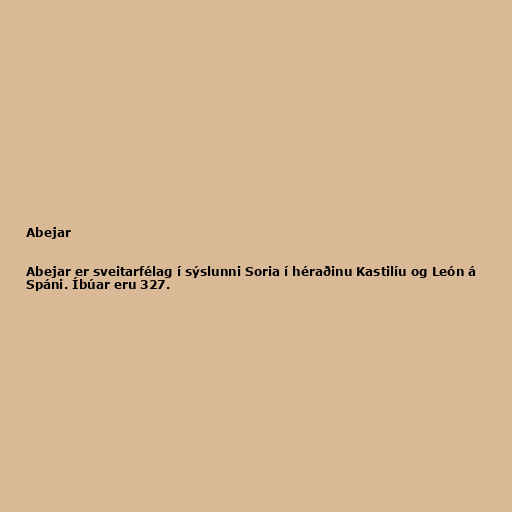
Abejar

Abejar er sveitarfélag í sýslunni Soria í héraðinu Kastilíu og León á
Spáni. Íbúar eru 327.